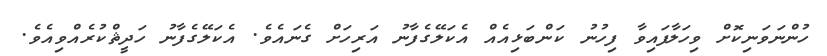
ހުންނަވަނިކޮށް ވިހަލާފައިވާ ފިހުނު ކަންބަޅިއެއް އެކަލޭގެފާނު އަރިހަށް ގެނައެެވެ. އެކަލޭގެފާނު ހަދީޘްކުރެއްވިއެވެ.